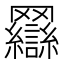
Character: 𰭖